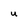
Character: U